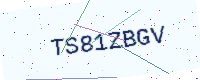
Text: TS81ZBGV